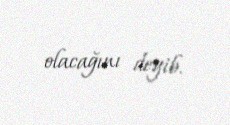
olacağını deyib.